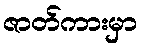
ဇာတ်ကားမှာ